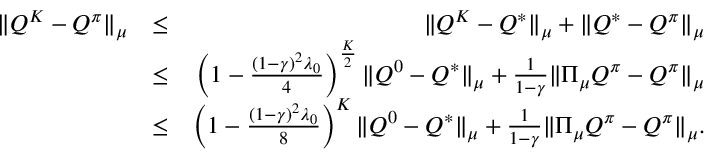
\begin{array} { r l r } { \| Q ^ { K } - Q ^ { \pi } \| _ { \mu } } & { \leq } & { \| Q ^ { K } - Q ^ { * } \| _ { \mu } + \| Q ^ { * } - Q ^ { \pi } \| _ { \mu } } \\ & { \leq } & { \left( 1 - \frac { ( 1 - \gamma ) ^ { 2 } \lambda _ { 0 } } { 4 } \right) ^ { \frac { K } { 2 } } \| Q ^ { 0 } - Q ^ { * } \| _ { \mu } + \frac { 1 } { 1 - \gamma } \| \Pi _ { \mu } Q ^ { \pi } - Q ^ { \pi } \| _ { \mu } } \\ & { \leq } & { \left( 1 - \frac { ( 1 - \gamma ) ^ { 2 } \lambda _ { 0 } } { 8 } \right) ^ { K } \| Q ^ { 0 } - Q ^ { * } \| _ { \mu } + \frac { 1 } { 1 - \gamma } \| \Pi _ { \mu } Q ^ { \pi } - Q ^ { \pi } \| _ { \mu } . } \end{array}